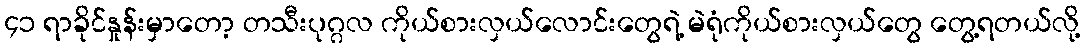
၄၁ ရာခိုင်နှုန်းမှာတော့ တသီးပုဂ္ဂလ ကိုယ်စားလှယ်လောင်းတွေရဲ့ မဲရုံကိုယ်စားလှယ်တွေ တွေ့ရတယ်လို့